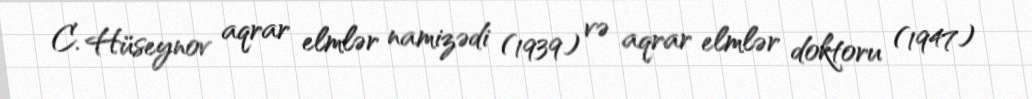
C. Hüseynov aqrar elmlər namizədi (1939) və aqrar elmlər doktoru (1947)